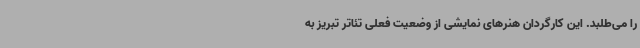
را می‌طلبد. این کارگردان هنرهای نمایشی از وضعیت فعلی تئاتر تبریز به